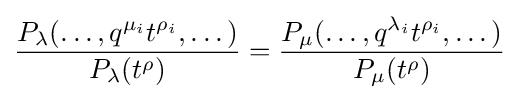
{\frac {P_{\lambda }(\dots ,q^{\mu _{i}}t^{\rho _{i}},\dots )}{P_{\lambda }(t^{\rho })}}={\frac {P_{\mu }(\dots ,q^{\lambda _{i}}t^{\rho _{i}},\dots )}{P_{\mu }(t^{\rho })}}